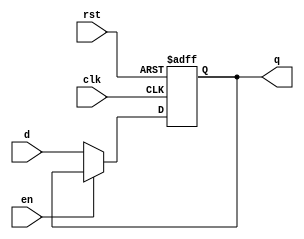
module dff4_dut(d, clk, rst, en, q);
input d, clk, rst, en;
output q;
wire d, clk, rst, en;
reg q;

always@(posedge clk or negedge rst)
begin
    if(rst == 0)
    begin
    q <= 0;
    end
    else
    begin
        if(en == 1)
        begin
            q <= q;
        end
        else
        begin
            q <= d;
        end
    end
end
endmodule